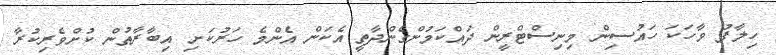
ހިލާފު ވާހަކަ ހައުސިން މިނިސްޓްރީން ދައްކަމުންގެންދާތީ އެކަން އެންމެ ހަރުކަށި އިބާރާތުން ކުށްވެރިކުރާ